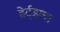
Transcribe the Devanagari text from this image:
हेर्ट्झचा